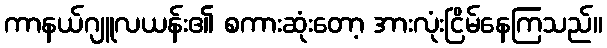
ကာနယ်ဂျူလယန်း၏ စကားဆုံးတော့ အားလုံးငြိမ်နေကြသည်။